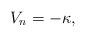
LaTeX: \begin{align*} V_{n} = -\kappa ,\end{align*}